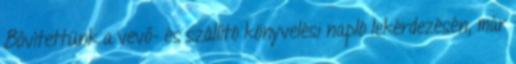
Bővítettünk a vevő- és szállító könyvelési napló lekérdezésén, már